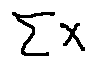
\sum X